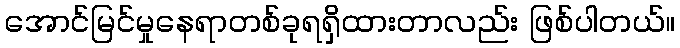
အောင်မြင်မှုနေရာတစ်ခုရရှိထားတာလည်း ဖြစ်ပါတယ်။